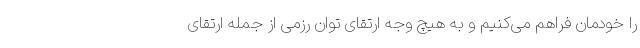
را خودمان فراهم می‌کنیم و به هیچ وجه ارتقای توان رزمی از جمله ارتقای